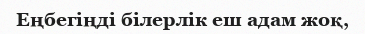
Еңбегіңді білерлік еш адам жоқ,